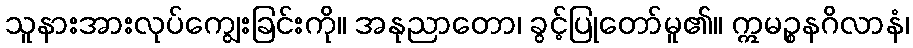
သူနားအားလုပ်ကျွေးခြင်းကို။ အနုညာတော၊ ခွင့်ပြုတော်မူ၏။ ဣမဉ္စနဂိလာနံ၊